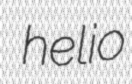
helio